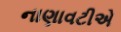
નાણાવટીએ